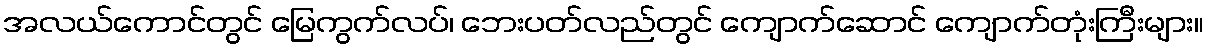
အလယ်ကောင်တွင် မြေကွက်လပ်၊ ဘေးပတ်လည်တွင် ကျောက်ဆောင် ကျောက်တုံးကြီးများ။